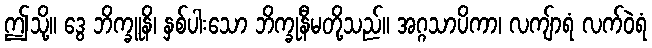
ဤသို့။ ဒွေ ဘိက္ခူနိ၊ နှစ်ပါးသော ဘိက္ခုနီမတို့သည်။ အဂ္ဂသာပိကာ၊ လကျ်ာရံ လက်ဝဲရံ